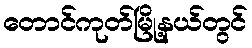
တောင်ကုတ်မြို့နယ်တွင်